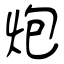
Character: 炮